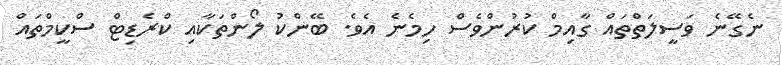
ނެގޭނެ ވަސީލަތްތައް ގާއިމް ކުރުންވެސް ހިމެނެ އެވެ. ބޭންކު ލޯންތަކާއި ކްރެޑިޓް ސްކީމްތައް